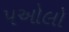
પઓલો